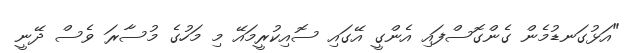
"އަޅުގަނޑުމެން ގެންގޮސްފައި އެންގީ އޭގައި ސޮއިކުރީމައޭ މި މަހުގެ މުސާރަ ވެސް ދޭނީ